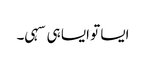
ایسا تو ایسا ہی سہی۔